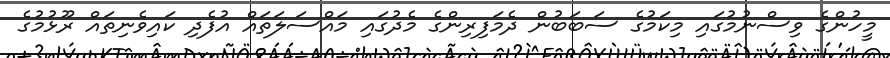
މީހުންގެ ވިސްނުމުގައި މިކަމުގެ ސަބަބުން ދެމަފިރިންގެ މެދުގައި މައްސަލަތައް އުފެދި ކައިވެނިތައް ރޫޅުމުގެ